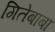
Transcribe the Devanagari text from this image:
गितेबाबा